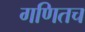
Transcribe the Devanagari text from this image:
गणितच